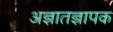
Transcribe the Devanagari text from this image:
अज्ञातज्ञापक